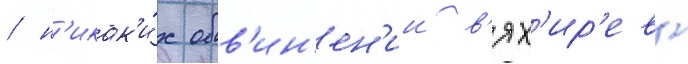
/ н'икак'и́х обв'ин'ен'ии в'ях'ир'еву